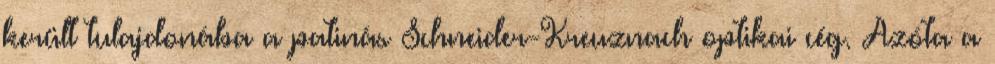
került tulajdonába a patinás Schneider-Kreuznach optikai cég. Azóta a